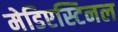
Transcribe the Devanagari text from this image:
मेडिएस्टिनल